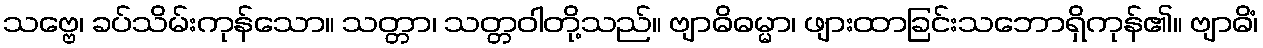
သဗ္ဗေ၊ ခပ်သိမ်းကုန်သော။ သတ္တာ၊ သတ္တဝါတို့သည်။ ဗျာဓိဓမ္မာ၊ ဖျားထာခြင်းသဘောရှိကုန်၏။ ဗျာဓိံ၊